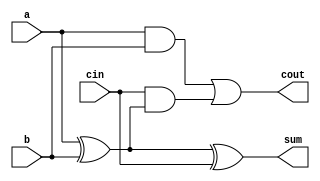


module Adder1Bit (
    // Declare input and output ports
    input  a,
    input  b, 
    input  cin,
    output cout,
    output sum
);

    wire link1,link2,link3;

	 
    // Instantiate gates to calculate sum output
    xor(link1,a,b);
    xor(sum,link1,cin);

    // Instantiate gates to calculate carry (cout) output
    and(link2,a,b);
    and(link3,cin,link1);
    or (cout,link2,link3);

endmodule